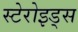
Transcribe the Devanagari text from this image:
स्टेरोइड्स